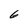
Character: 6